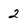
Character: 2